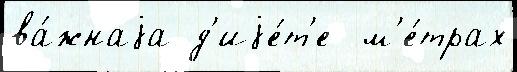
ва́жнаjа д'иjе́т'е  м'е́трах